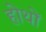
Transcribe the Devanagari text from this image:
होथों